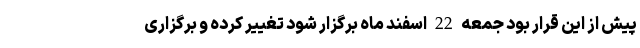
پیش از این قرار بود جمعه 22 اسفند ماه برگزار شود تغییر کرده و برگزاری